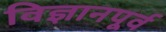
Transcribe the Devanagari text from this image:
विज्ञानपूर्व